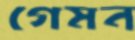
গেমন